Annual report of the Punjab Veterinary College and of the Civil Veterinary Department, Punjab - 1926-1932
Year: 1926
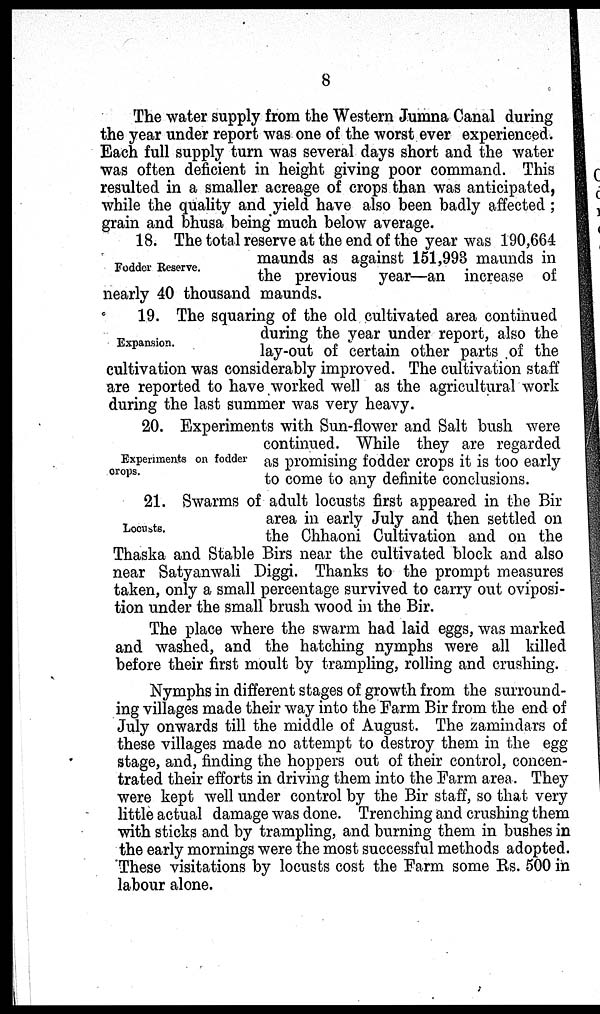
8
The water supply from the Western Jumna Canal during
the year under report was one of the worst ever experienced.
Each full supply turn was several days short and the water
was often deficient in height giving poor command. This
resulted in a smaller acreage of crops than was anticipated,
while the quality and yield have also been badly affected;
grain and bhusa being much below average.
Fodder Reserve.
18. The total reserve at the end of the year was 190,664
maunds as against 151,993 maunds in
the previous year—an increase of
nearly 40 thousand maunds.
Expansion.
19. The squaring of the old cultivated area continued
during the year under report, also the
lay-out of certain other parts of the
cultivation was considerably improved. The cultivation staff
are reported to have worked well as the agricultural work
during the last summer was very heavy.
Experiments on fodder
crops.
20. Experiments with Sun-flower and Salt bush were
continued. While they are regarded
as promising fodder crops it is too early
to come to any definite conclusions.
Locusts.
21. Swarms of adult locusts first appeared in the Bir
area in early July and then settled on
the Chhaoni Cultivation and on the
Thaska and Stable Birs near the cultivated block and also
near Satyanwali Diggi. Thanks to the prompt measures
taken, only a small percentage survived to carry out oviposi-
tion under the small brush wood in the Bir.
The place where the swarm had laid eggs, was marked
and washed, and the hatching nymphs were all killed
before their first moult by trampling, rolling and crushing.
Nymphs in different stages of growth from the surround-
ing villages made their way into the Farm Bir from the end of
July onwards till the middle of August. The zamindars of
these villages made no attempt to destroy them in the egg
stage, and, finding the hoppers out of their control, concen-
trated their efforts in driving them into the Farm area. They
were kept well under control by the Bir staff, so that very
little actual damage was done. Trenching and crushing them
with sticks and by trampling, and burning them in bushes in
the early mornings were the most successful methods adopted.
These visitations by locusts cost the Farm some Rs. 500 in
labour alone.